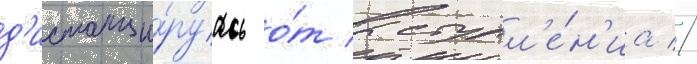
д'истанци́руась о́т выступл'е́н'иа //